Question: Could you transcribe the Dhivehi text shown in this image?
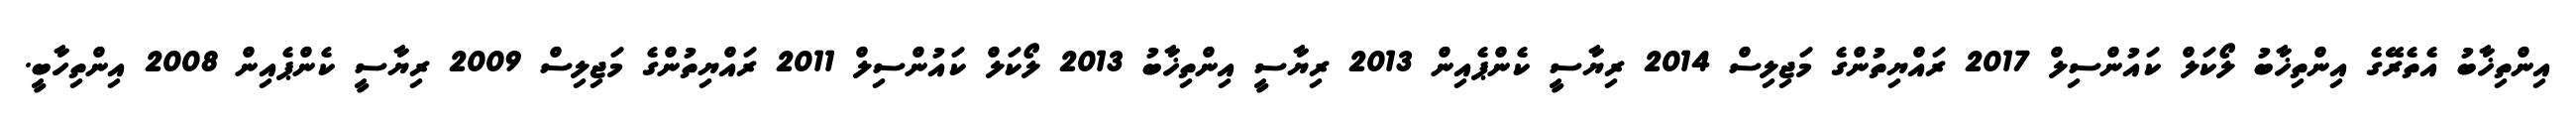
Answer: އިންތިޚާބު އެތެރޭގެ އިންތިޚާބު ލޯކަލް ކައުންސިލް 2017 ރައްޔިތުންގެ މަޖިލިސް 2014 ރިޔާސީ ކެންޕެއިން 2013 ރިޔާސީ އިންތިޚާބު 2013 ލޯކަލް ކައުންސިލް 2011 ރައްޔިތުންގެ މަޖިލިސް 2009 ރިޔާސީ ކެންޕެއިން 2008 އިންތިހާބީ.